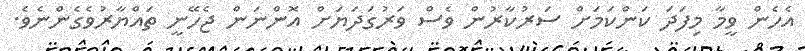
އެހެން ވީމާ މިފަދަ ކަންކަމަށް ސަރުކާރުން ވެސް ވަރުގަދަޔަށް އޮންނަން ޖެހޭނީ ތައްޔާރުވެގެންނެވެ.